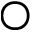
\bigcirc